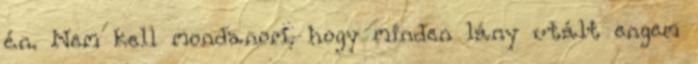
én. Nem kell mondanom, hogy minden lány utált engem